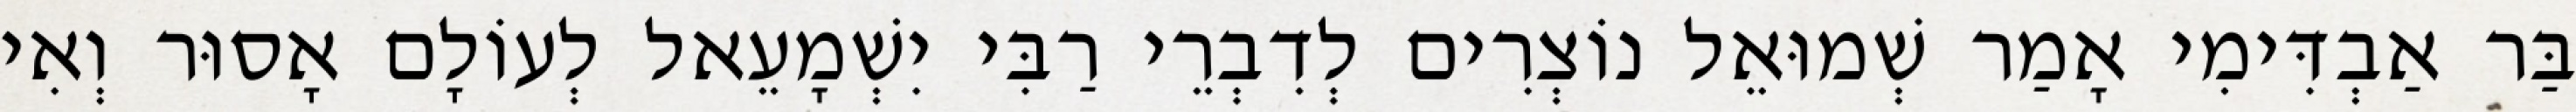
בַּר אַבְדִּימִי אָמַר שְׁמוּאֵל נוֹצְרִים לְדִבְרֵי רַבִּי יִשְׁמָעֵאל לְעוֹלָם אָסוּר וְאִי